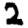
Digit: 2